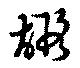
嘏